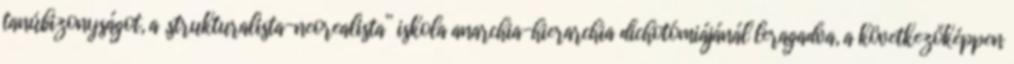
tanúbizonyságot, a „strukturalista-neorealista” iskola anarchia-hierarchia dichotómiájánál leragadva, a következőképpen